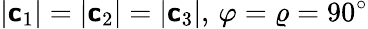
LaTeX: |\boldsymbol{\mathsf{c}}_{1}|=|\boldsymbol{\mathsf{c}}_{2}|=|\boldsymbol{\mathsf{c}}_{3}|,\, \varphi=\varrho=90^{\circ}